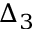
\Delta _ { 3 }